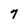
Character: 7